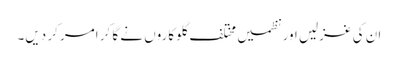
ان کی غزلیں اور نظمیں مختلف گلوکاروں نے گا کر امر کر دیں۔